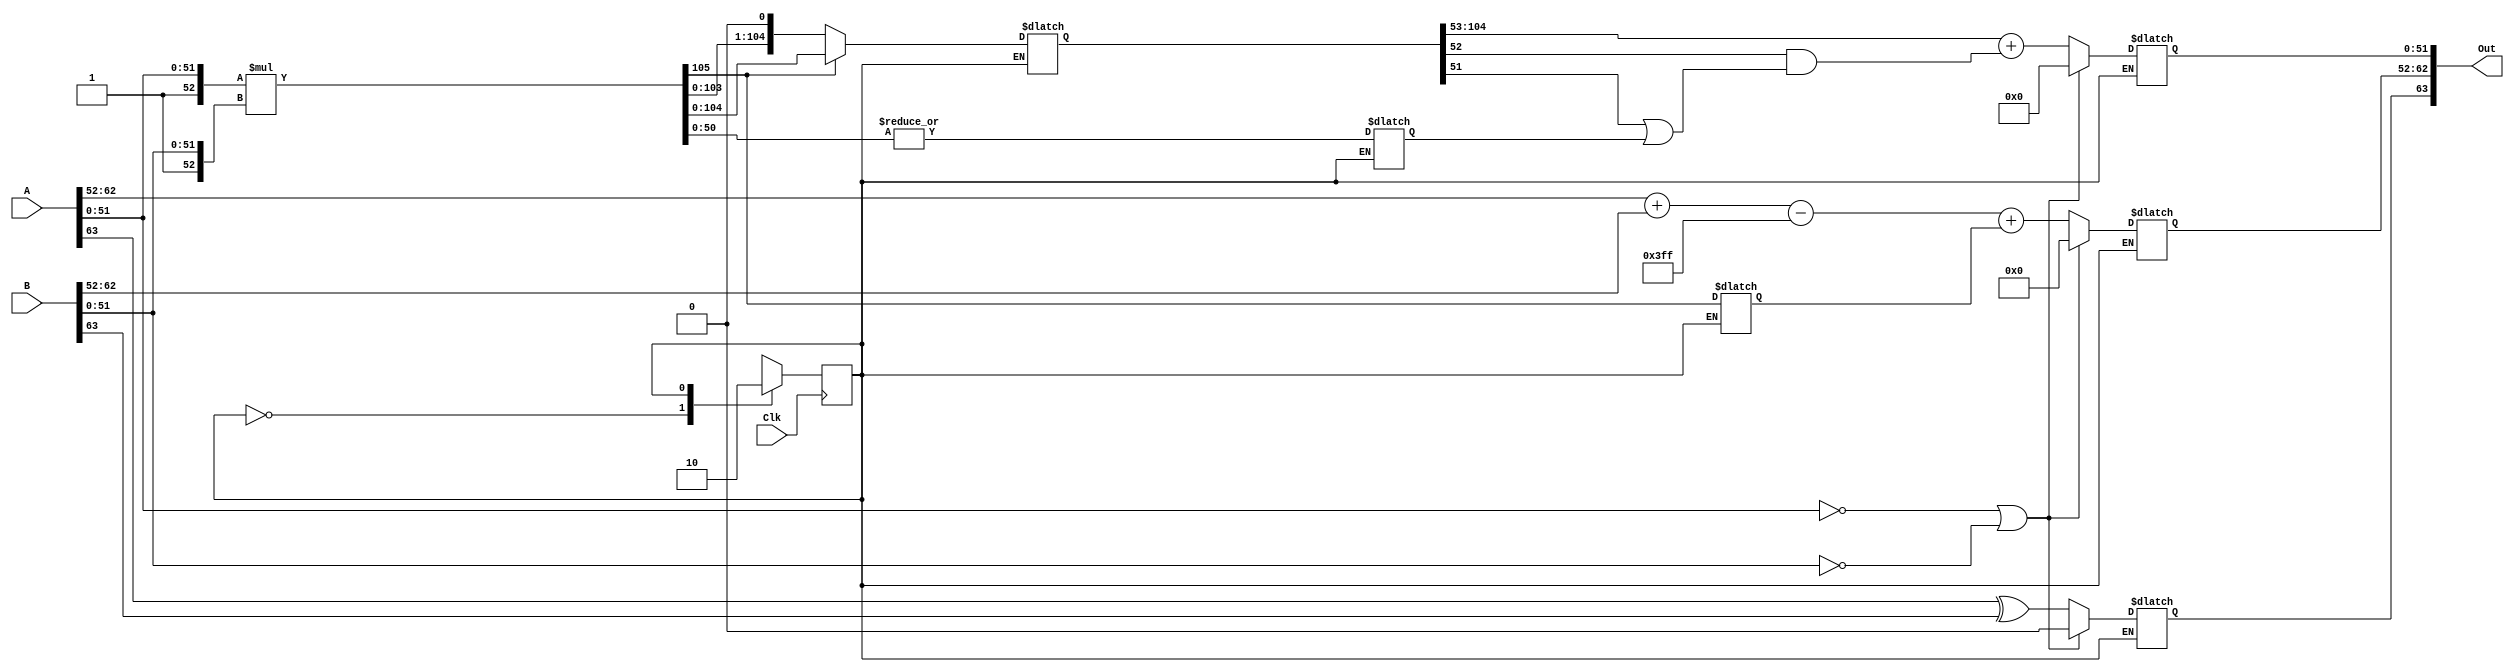
module FP_Multiplier_Double (Clk,A,B,Out);
 input  Clk;
 input  [63:0] A;
 input  [63:0] B;
 output [63:0] Out;
 reg [51:0] m;
 reg [10:0] e;
 reg s;
 reg [105:0] product;
 reg SS;
 reg normalized;
 reg state; 
 reg next_state = 0;
 parameter STEP_1 = 1'b0, STEP_2 = 1'b1;
 always @(posedge Clk) 
  begin
		state <= next_state;
	end


	always @(state) 
	begin

		case(state)
			STEP_1: 
			begin
				product = {1'b1, A[51:0]} * {1'b1, B[51:0]};
				SS = |product[50:0]; 
				normalized = product[105];
				if(!normalized) product = product << 1; 
				next_state = STEP_2;			
			end	

			STEP_2: 
			begin
				if(!A[51:0] | !B[51:0]) 
				begin 
					s = 0; e = 0; m = 0;
				end 
				else 
				begin
					s = A[63] ^ B[63];
					m = product[104:53] + (product[52] & (product[51] | SS));
					e = A[62:52] + B[62:52] - 'd1023 + normalized;
				end 

				next_state = STEP_1;
				end
		endcase
	end
	assign Out = {s, e, m};
	
endmodule